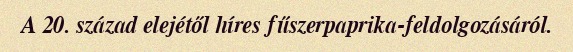
A 20. század elejétől híres fűszerpaprika-feldolgozásáról.